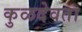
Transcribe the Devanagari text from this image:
कुळदेवता